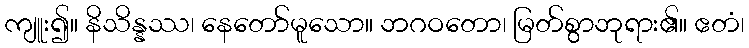
ကျူး၍။ နိသိန္နဿ၊ နေတော်မူသော။ ဘဂဝတော၊ မြတ်စွာဘုရား၏။ ဧတံ၊